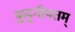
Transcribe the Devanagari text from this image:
कुट्टनीपतम्